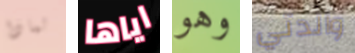
لماذا اياها وهو والدتي